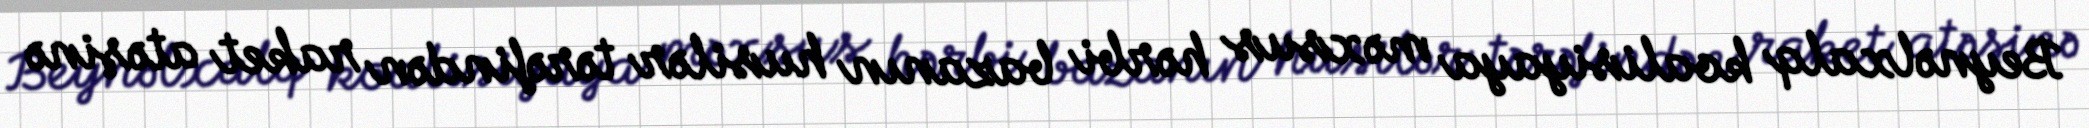
Beynəlxalq koalisiyaya məxsus hərbi bazanın husilər tərəfindən raket atəşinə